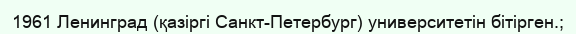
1961 Ленинград (қазіргі Санкт-Петербург) университетін бітірген.;